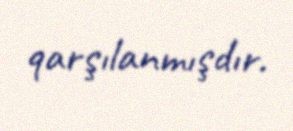
qarşılanmışdır.